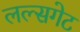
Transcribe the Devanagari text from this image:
लल्सगेट